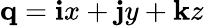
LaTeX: \mathbf{q}=\mathbf{i}x+\mathbf{j}y+\mathbf{k}z